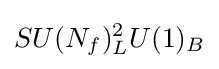
SU(N_{f})_{L}^{2}U(1)_{B}